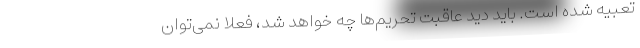
تعبیه شده است. باید دید عاقبت تحریم‌ها چه خواهد شد، فعلاً نمی‌توان